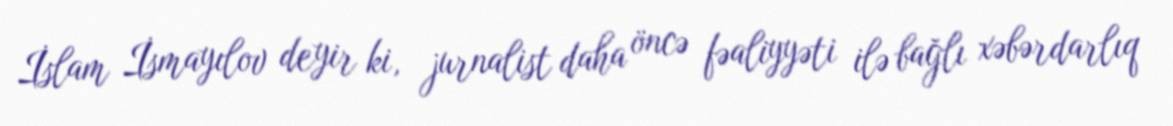
İslam İsmayılov deyir ki, jurnalist daha öncə fəaliyyəti ilə bağlı xəbərdarlıq